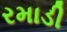
રમાડી